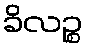
ခိလဉ္စ